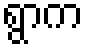
ရွာက